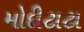
મોદીટાટા